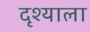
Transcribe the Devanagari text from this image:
दृश्याला